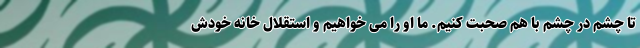
تا چشم در چشم با هم صحبت کنیم. ما او را می خواهیم و استقلال خانه خودش